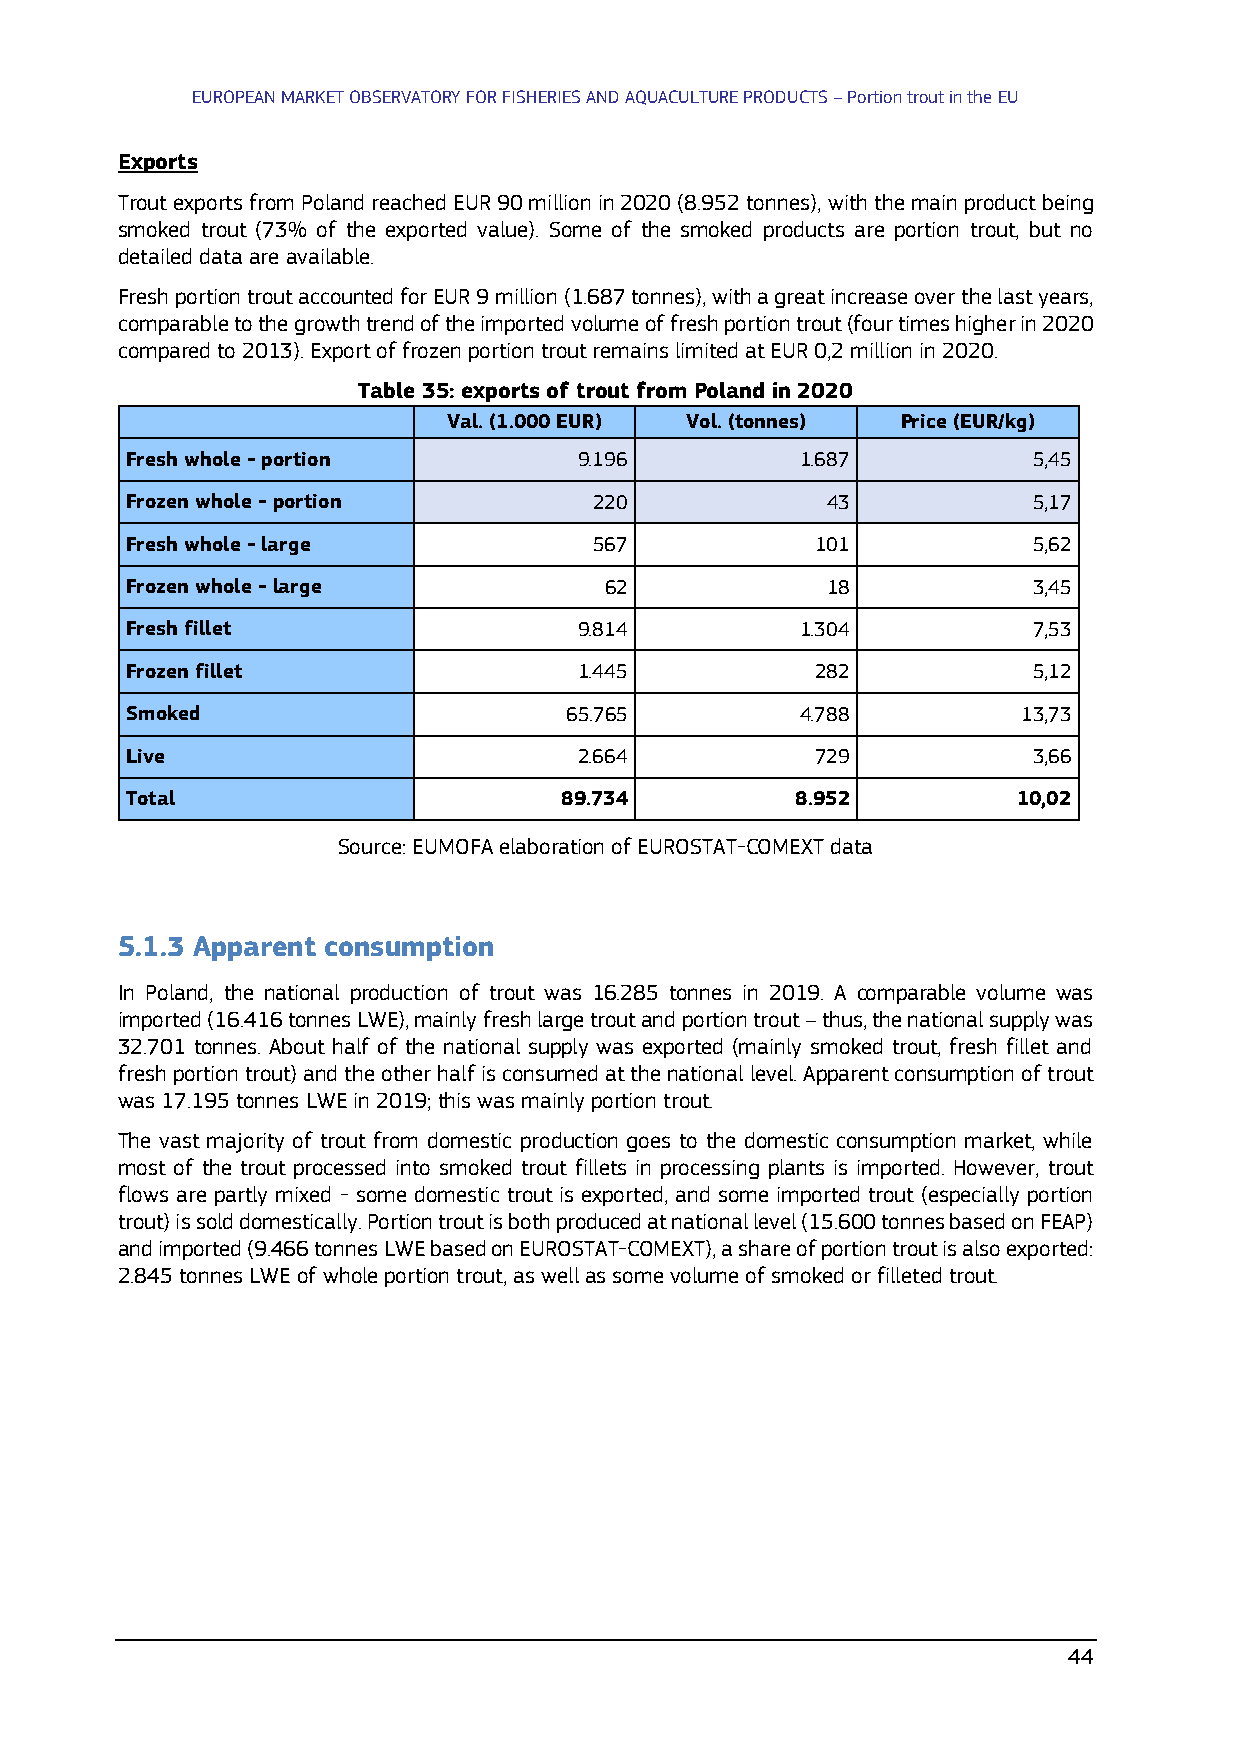
EUROPEAN MARKET OBSERVATORY FOR FISHERIES AND AQUACULTURE PRODUCTS – Portion trout in the EU
 Exports
 Trout exports from Poland reached EUR 90 million in 2020 (8.952 tonnes), with the main product being
 smoked trout (73% of the exported value). Some of the smoked products are portion trout, but no
 detailed data are available.
 Fresh portion trout accounted for EUR 9 million (1.687 tonnes), with a great increase over the last years,
 comparable to the growth trend of the imported volume of fresh portion trout (four times higher in 2020
 compared to 2013). Export of frozen portion trout remains limited at EUR 0,2 million in 2020.
 Table 35: exports of trout from Poland in 2020
 Val. (1.000 EUR) Vol. (tonnes) Price (EUR/kg)
 Fresh whole - portion         9.196          1.687          5,45
 Frozen whole - portion         220             43           5,17
 Fresh whole - large            567            101           5,62
 Frozen whole - large            62             18           3,45
 Fresh fillet                  9.814          1.304          7,53
 Frozen fillet                 1.445           282           5,12
 Smoked                       65.765          4.788          13,73
 Live                          2.664           729           3,66
 Total                        89.734          8.952         10,02
 Source: EUMOFA elaboration of EUROSTAT-COMEXT data
 5.1.3 Apparent consumption
 In Poland, the national production of trout was 16.285 tonnes in 2019. A comparable volume was
 imported (16.416 tonnes LWE), mainly fresh large trout and portion trout – thus, the national supply was
 32.701 tonnes. About half of the national supply was exported (mainly smoked trout, fresh fillet and
 fresh portion trout) and the other half is consumed at the national level. Apparent consumption of trout
 was 17.195 tonnes LWE in 2019; this was mainly portion trout.
 The vast majority of trout from domestic production goes to the domestic consumption market, while
 most of the trout processed into smoked trout fillets in processing plants is imported. However, trout
 flows are partly mixed - some domestic trout is exported, and some imported trout (especially portion
 trout) is sold domestically. Portion trout is both produced at national level (15.600 tonnes based on FEAP)
 and imported (9.466 tonnes LWE based on EUROSTAT-COMEXT), a share of portion trout is also exported:
 2.845 tonnes LWE of whole portion trout, as well as some volume of smoked or filleted trout.
 44